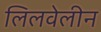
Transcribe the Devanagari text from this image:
लिलवेलीन